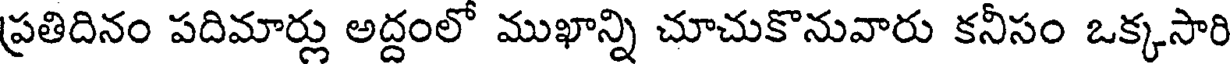
ప్రతిదినం పదిమార్లు అద్దంలో ముఖాన్ని చూచుకొనువారు కనీసం ఒక్కసారి